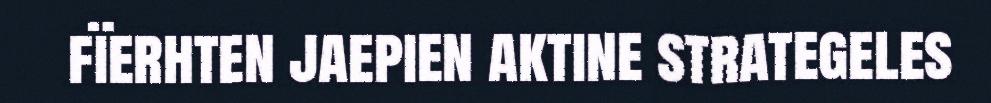
fïerhten jaepien aktine strategeles